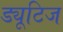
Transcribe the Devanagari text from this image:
ड्यूटिज